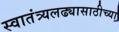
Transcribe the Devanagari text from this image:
स्वातंत्र्यलढ्यासाठीच्या